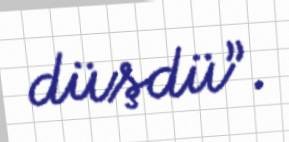
düşdü”.